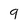
Character: 9